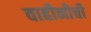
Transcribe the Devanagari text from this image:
वाहीनीची